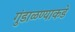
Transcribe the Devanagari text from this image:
गुंडाळण्याकडे